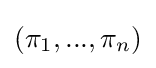
(\pi _{1},...,\pi _{n})